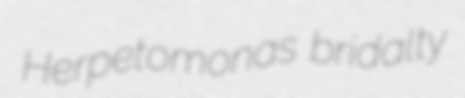
Herpetomonas bridalty